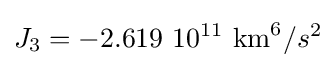
J_{3}=-2.619\ 10^{11}{\text{ km}}^{6}/s^{2}